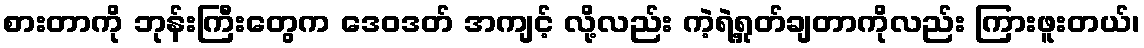
စားတာကို ဘုန်းကြီးတွေက ဒေဝဒတ် အကျင့် လို့လည်း ကဲ့ရဲ့ရှုတ်ချတာကိုလည်း ကြားဖူးတယ်၊